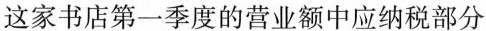
这家书店第一季度的营业额中应纳税部分